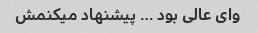
وای عالی بود … پیشنهاد میکنمش